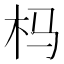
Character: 杩